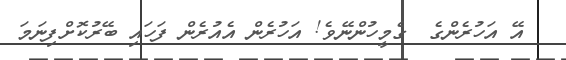
އޭ އަހުރެންގެ  ގެމީހުންނޭވެ! އަހުރެން އެއުރެން ފަހައި ބޭރުކޮށްފިނަމަ